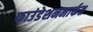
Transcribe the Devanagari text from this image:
फाउंडेशनमार्फत